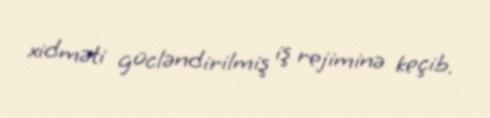
xidməti gücləndirilmiş iş rejiminə keçib.